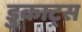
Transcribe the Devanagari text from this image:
डुकाट्स